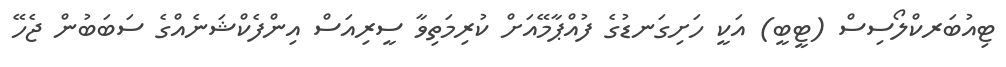
ޓިއުބަރކްލޯސިސް (ޓީބީ) އަކީ ހަށިގަނޑުގެ ފުއްޕާމޭއަށް ކުރިމަތިވާ ސީރިއަސް އިންފެކްޝަނެއްގެ ސަބަބުން ޖެހޭ